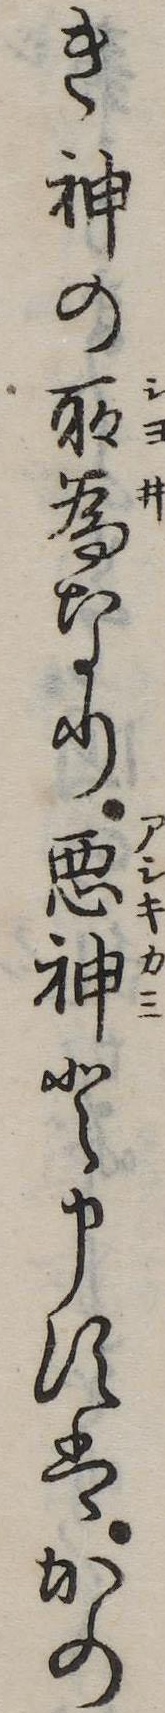
き神の所為なり悪神と申すはかの